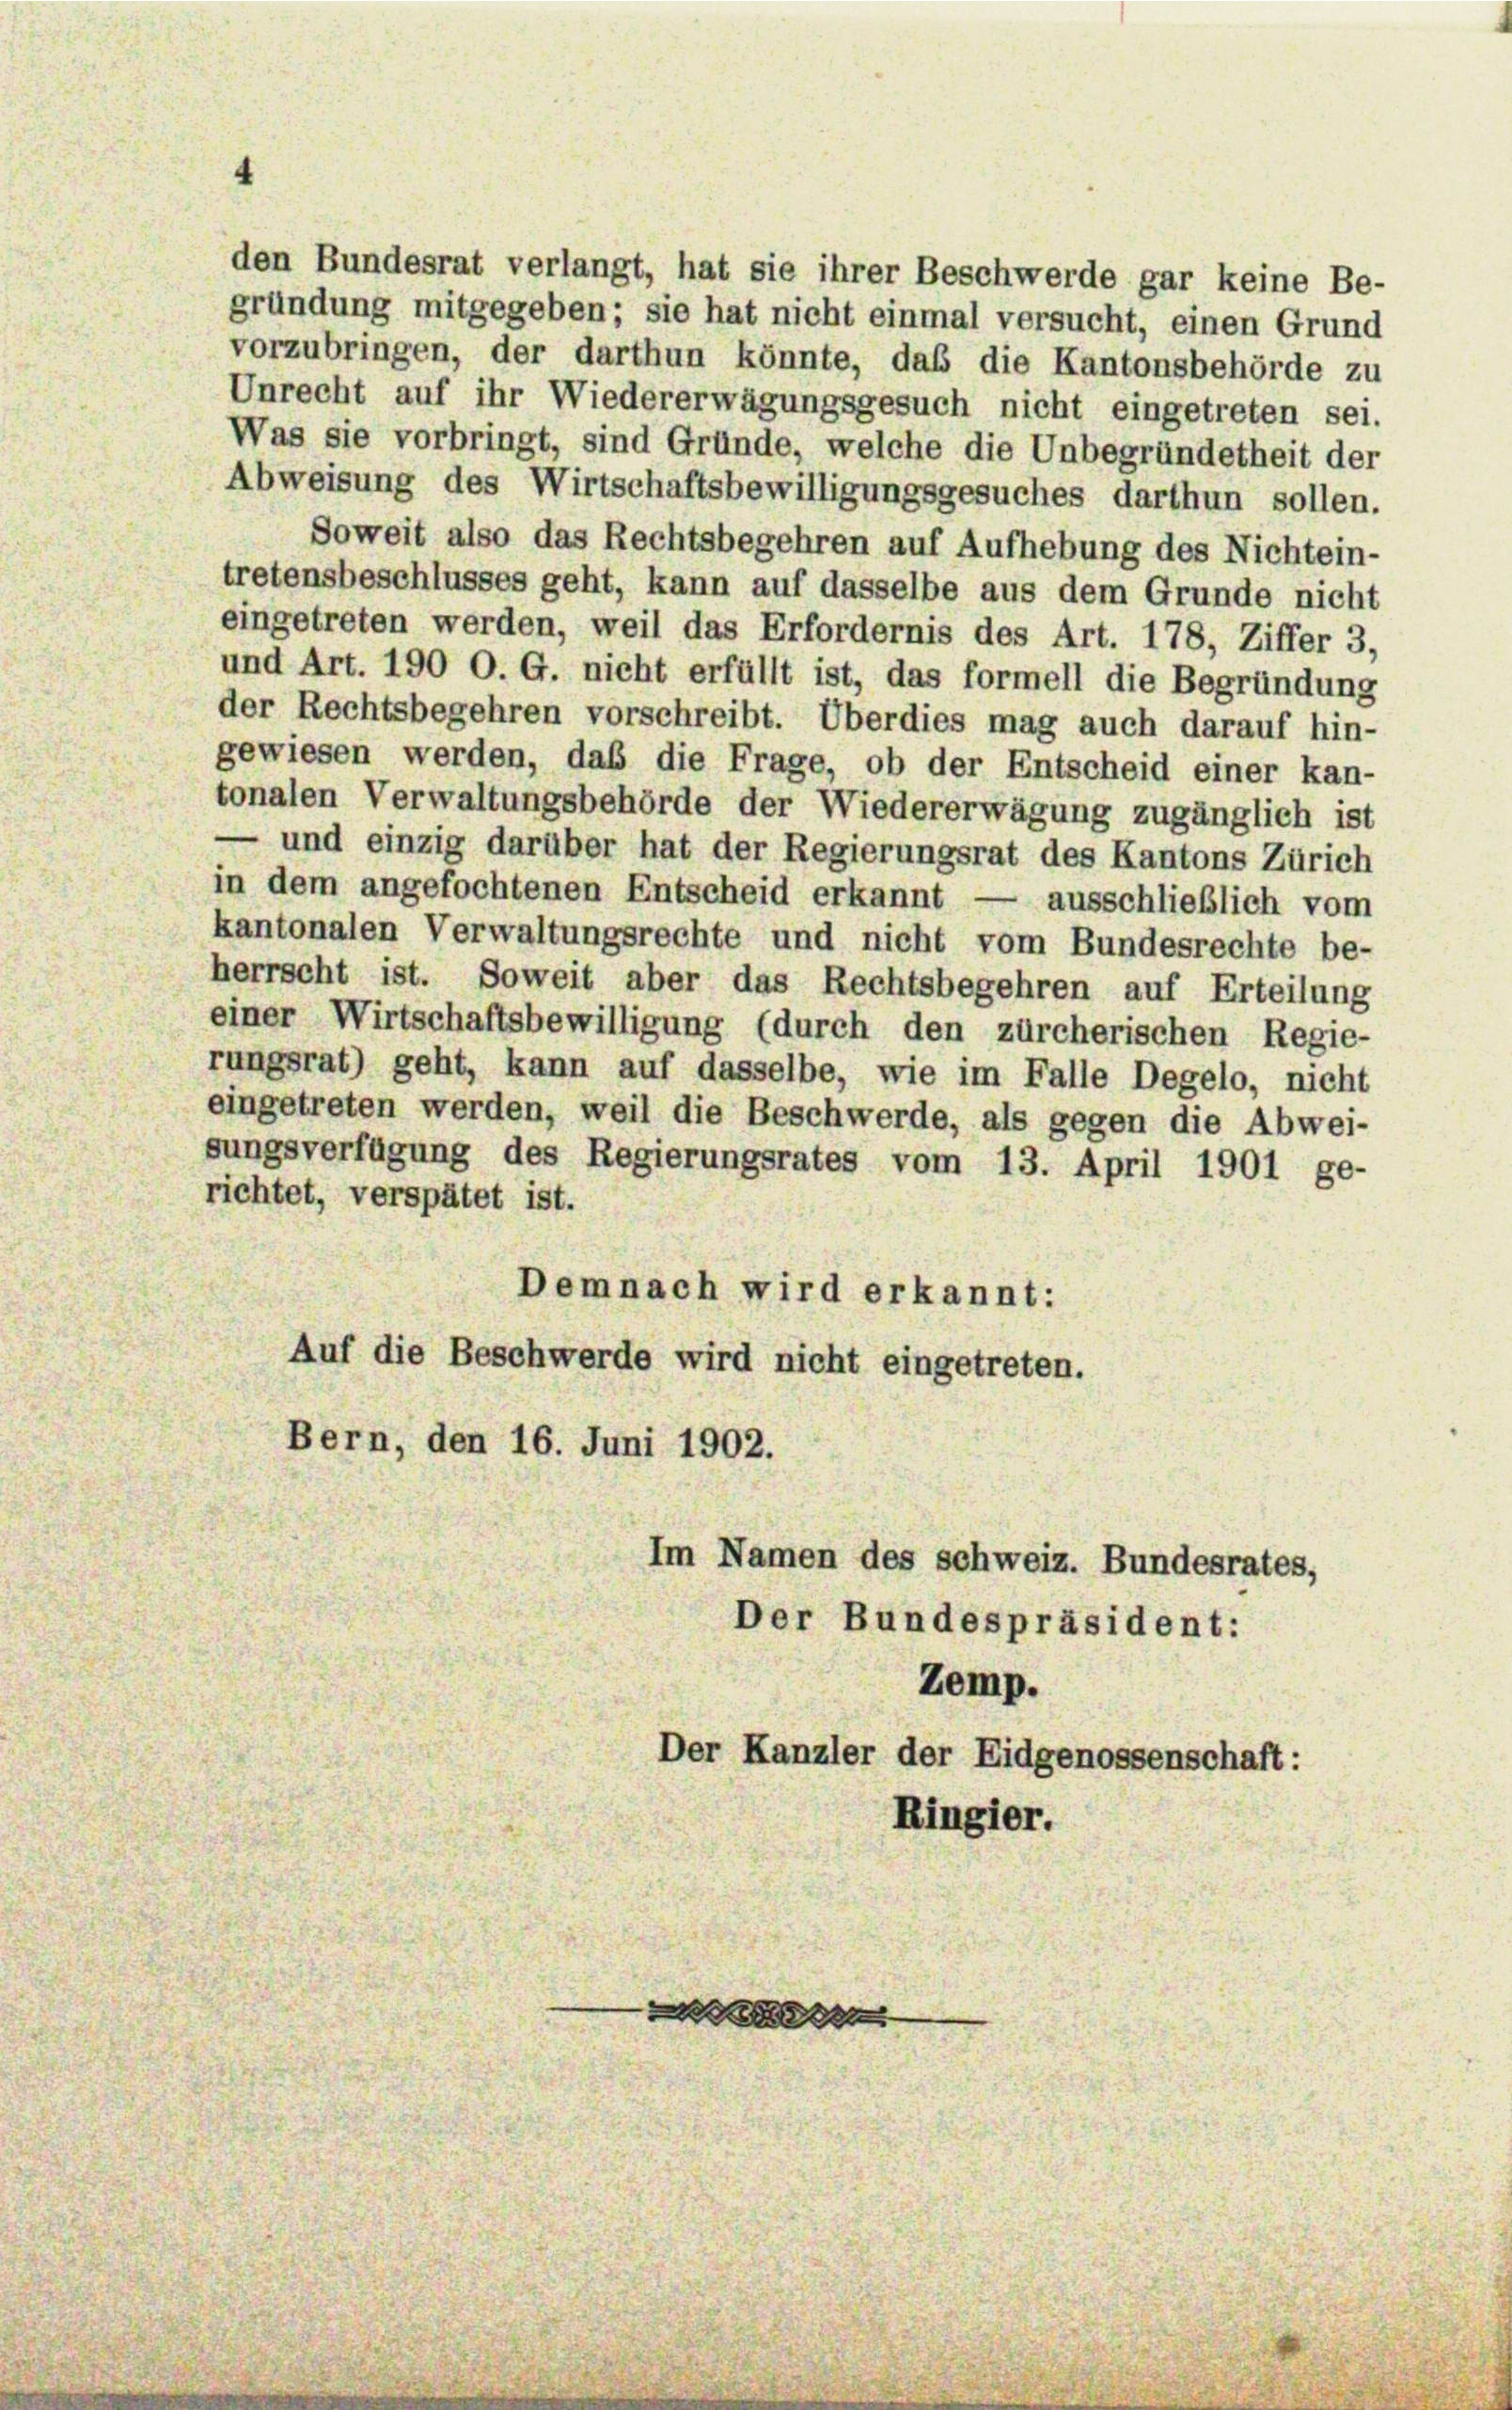
Unrecht auf ihr Wiedererwägungsgesuch nicht eingetreten sei.
Was sie vorbringt, sind Gründe, welche die Unbegründetheit der
Abweisung des Wirtschaftsbewilligungsgesuches darthun sollen.
Soweit also das Rechtsbegehren auf Aufhebung des Nichtein-
tretensbeschlusses geht, kann auf dasselbe aus dem Grunde nicht
eingetreten werden, weil das Erfordernis des Art. 178, Ziffer 3,
und Art. 190 O. G. nicht erfüllt ist, das formell die Begründung
der Rechtsbegehren vorschreibt. Überdies mag auch darauf hin-
gewiesen werden, das die Frage, ob der Entscheid einer kan-
tonalen Verwaltungsbehörde der Wiedererwägung zugänglich ist
— und einzig darüber hat der Regierungsrat des Kantons Zürich
in dem angefochtenen Entscheid erkannt — ausschließlich vom
kantonalen Verwaltungsrechte und nicht vom Bundesrechte be-
herrscht ist. Soweit aber das Rechtsbegehren auf Erteilung
einer Wirtschaftsbewilligung (durch den zürcherischen Regie-
rungsrat) geht, kann auf dasselbe, wie im Falle Degelo, nicht
eingetreten werden, weil die Beschwerde, als gegen die Abwei-
sungsverfügung des Regierungsrates vom 13. April 1901 ge-
richtet, verspätet ist.
Demnach wird erkannt:
Auf die Beschwerde wird nicht eingetreten.
Bern, den 16. Juni 1902.
Im Namen des schweiz. Bundesrates,
Der Bundespräsident:
Zemp.
Der Kanzler der Eidgenossenschaft:
Ringier.

den Bundesrat verlangt, hat sie ihrer Beschwerde gar keine Be-
gründung mitgegeben; sie hat nicht einmal versucht, einen Grund
vorzubringen, der darthun könnte, daß die Kantonsbehörde zu